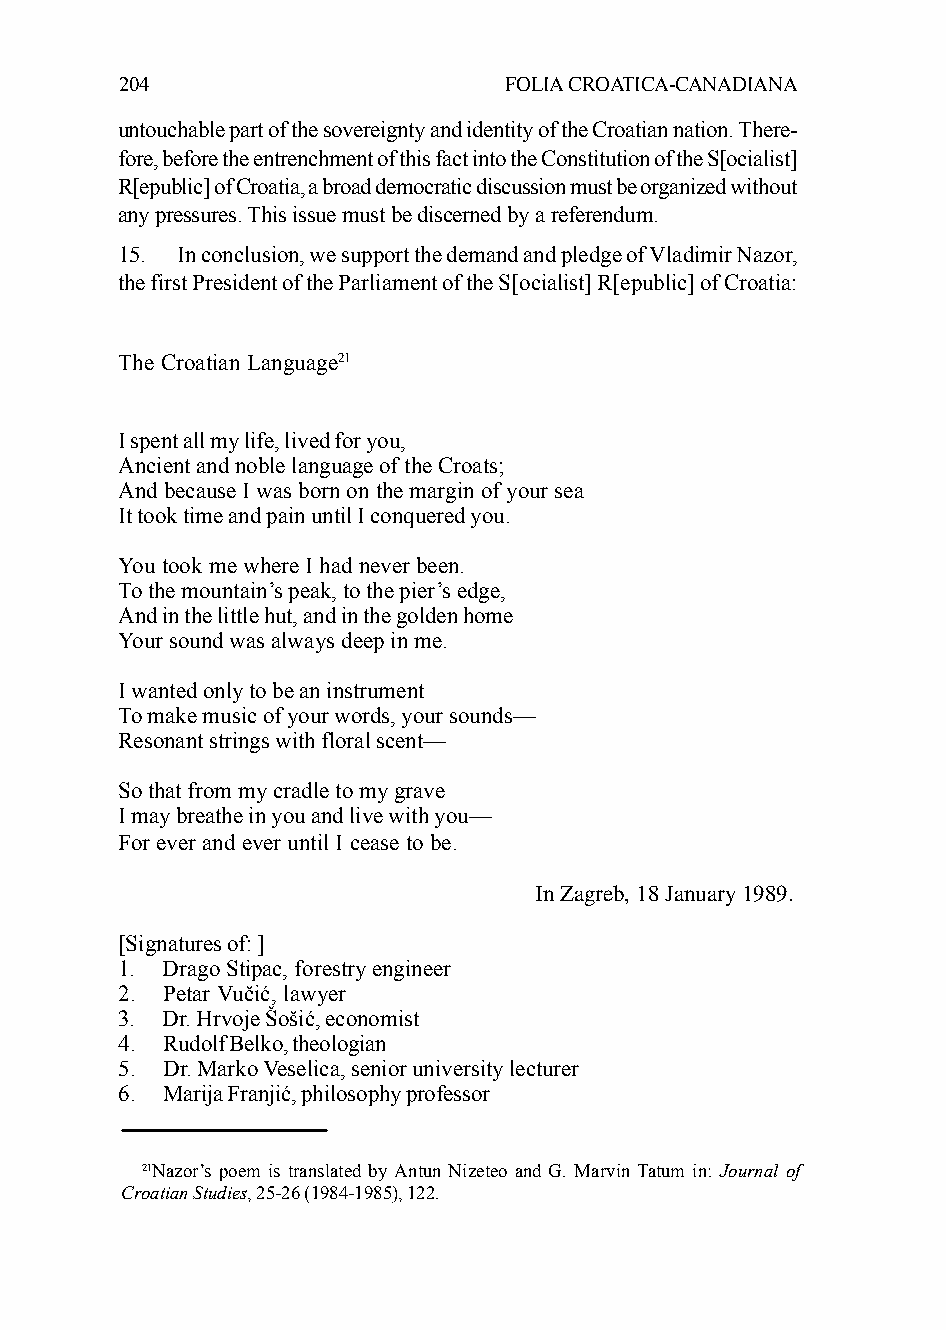
204                      FOLIA CROATICA-CANADIANA
 untouchable part of the sovereignty and identity of the Croatian nation. There-
 fore, before the entrenchment of this fact into the Constitution of the S[ocialist]
 R[epublic] of Croatia, a broad democratic discussion must be organized without
 any pressures. This issue must be discerned by a referendum.
 15. In conclusion, we support the demand and pledge of Vladimir Nazor,
 the first President of the Parliament of the S[ocialist] R[epublic] of Croatia:
 The Croatian Language21
 I spent all my life, lived for you,
 Ancient and noble language of the Croats;
 And because I was born on the margin of your sea
 It took time and pain until I conquered you.
 You took me where I had never been.
 To the mountain’s peak, to the pier’s edge,
 And in the little hut, and in the golden home
 Your sound was always deep in me.
 I wanted only to be an instrument
 To make music of your words, your sounds—
 Resonant strings with floral scent—
 So that from my cradle to my grave
 I may breathe in you and live with you—
 For ever and ever until I cease to be.
 In Zagreb, 18 January 1989.
 [Signatures of: ]
 1. Drago Stipac, forestry engineer
 2. Petar Vučić, lawyer
 3. Dr. Hrvoje Šošić, economist
 4. Rudolf Belko, theologian
 5. Dr. Marko Veselica, senior university lecturer
 6. Marija Franjić, philosophy professor
 21Nazor’s poem is translated by Antun Nizeteo and G. Marvin Tatum in: Journal of
 Croatian Studies, 25-26 (1984-1985), 122.